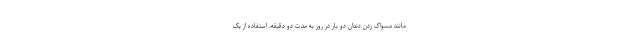
مانند مسواک زدن دندان دو بار در روز به مدت دو دقیقه، استفاده از یک